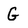
Character: G